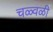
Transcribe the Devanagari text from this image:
चळ्वळी